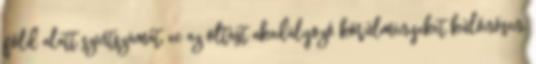
föld alatt szintszámát, ec az oltást akadályozó körülményeket különösen,